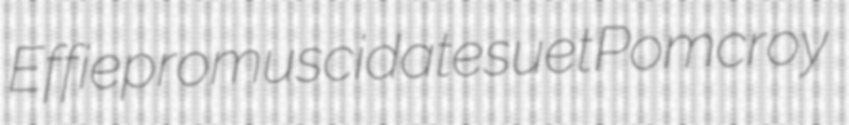
Effie promuscidate suet Pomcroy